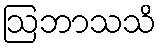
ဩဘာသသိ